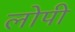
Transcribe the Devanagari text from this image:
लोपी